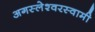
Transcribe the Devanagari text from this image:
अगस्‍लेश्‍वरस्‍वामी